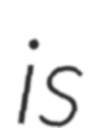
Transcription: is